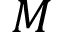
M